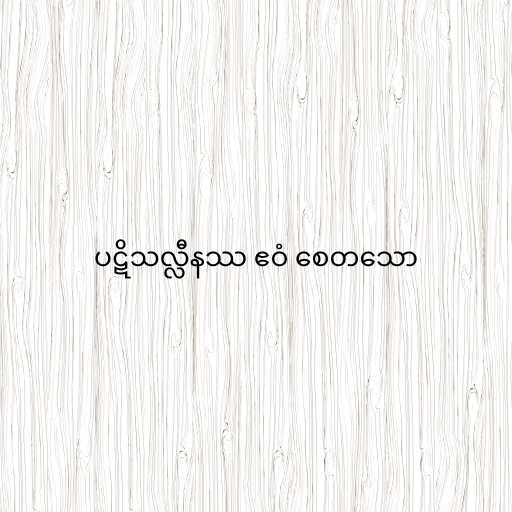
ပဋိသလ္လီနဿ ဧဝံ စေတသော